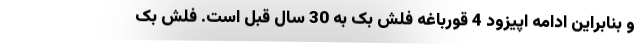
و بنابراین ادامه اپیزود 4 قورباغه فلش بک به 30 سال قبل است. فلش بک